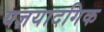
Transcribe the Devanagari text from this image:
यज्ञयादगिक